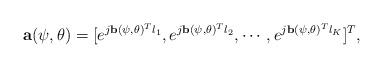
\begin{align*} \mathbf{a}(\psi, \theta) = [e^{j\mathbf{b}(\psi, \theta)^{T}l_{1}},e^{j\mathbf{b}(\psi, \theta)^{T}l_{2}},\cdots,e^{j\mathbf{b}(\psi, \theta)^{T}l_{K}}]^T,\end{align*}